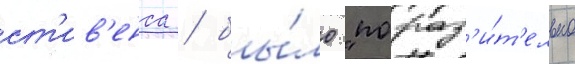
ст'ив'енса / бы́ло "пораз'и́т'ельно